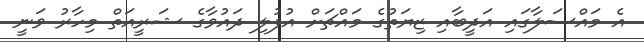
އެ މައްސަލާގައި އަދީބާއި ޒިޔަތުގެ މައްޗަށް އުފުލި ދައުވާގެ ޝަރީއަތް މިހާރު ވަނީ